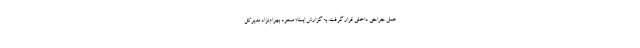
عمل جراحی داخلی قرار گرفت. به گزارش ایسنا؛ مسعود بهرام‌نژاد مدیرکل